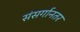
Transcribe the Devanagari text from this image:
संसर्गानतर